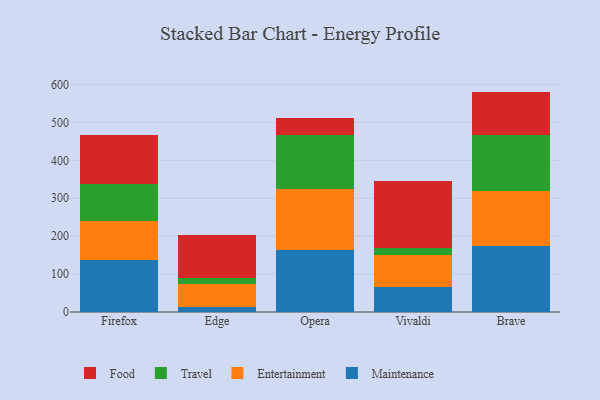
{"axis": {"x": "Browser", "y": "Waste Production (Tons)"}, "legend": ["Entertainment", "Food", "Maintenance", "Travel"], "data": [{"x": "Firefox", "y": 138.1, "type": "Maintenance"}, {"x": "Firefox", "y": 102.1, "type": "Entertainment"}, {"x": "Firefox", "y": 96.2, "type": "Travel"}, {"x": "Firefox", "y": 129.9, "type": "Food"}, {"x": "Edge", "y": 12.8, "type": "Maintenance"}, {"x": "Edge", "y": 62.1, "type": "Entertainment"}, {"x": "Edge", "y": 15.7, "type": "Travel"}, {"x": "Edge", "y": 111.2, "type": "Food"}, {"x": "Opera", "y": 163.9, "type": "Maintenance"}, {"x": "Opera", "y": 161.4, "type": "Entertainment"}, {"x": "Opera", "y": 141.0, "type": "Travel"}, {"x": "Opera", "y": 45.8, "type": "Food"}, {"x": "Vivaldi", "y": 66.8, "type": "Maintenance"}, {"x": "Vivaldi", "y": 83.9, "type": "Entertainment"}, {"x": "Vivaldi", "y": 19.1, "type": "Travel"}, {"x": "Vivaldi", "y": 176.0, "type": "Food"}, {"x": "Brave", "y": 173.9, "type": "Maintenance"}, {"x": "Brave", "y": 144.8, "type": "Entertainment"}, {"x": "Brave", "y": 149.1, "type": "Travel"}, {"x": "Brave", "y": 113.4, "type": "Food"}]}